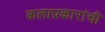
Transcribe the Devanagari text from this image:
कलाप्रकारांची